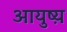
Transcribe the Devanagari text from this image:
आयुष्य़